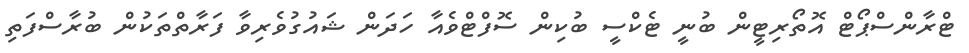
ޓްރާންސްޕޯޓް އޮތޯރިޓީން ބުނީ ޓެކްސީ ބުކިން ސޮފްޓްވެއާ ހަދަން ޝައުގުވެރިވާ ފަރާތްތަކުން ބުރާސްފަތި